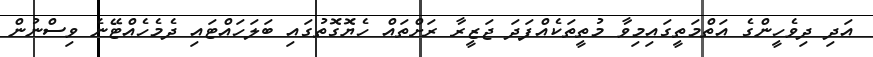
އަދި ދިވެހީންގެ އަތްމަތީގައިމިވާ މުތީތަކެއްފަދަ ޖަޒީރާ ރަށްތައް ހެޔޮގޮތުގައި ބަލަހައްޓައި ދެމެހެއްޓޭނެ ވިސްނުން